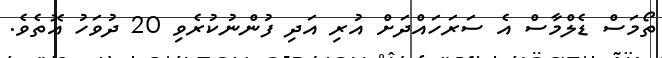
ތޯމަސް ޑެލްމާސް އެ ސަރަހައްދަށް އުރި އަދި ފުންނުކުރެވި 20 ދުވަހު އޮތެވެ.